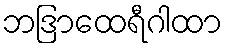
ဘဒြာထေရီဂါထာ